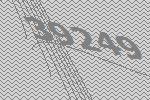
39249